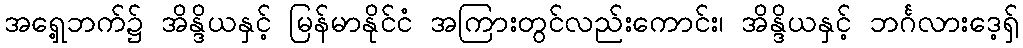
အရှေ့ဘက်၌ အိန္ဒိယနှင့် မြန်မာနိုင်ငံ အကြားတွင်လည်းကောင်း၊ အိန္ဒိယနှင့် ဘင်္ဂလားဒေ့ရှ်